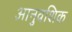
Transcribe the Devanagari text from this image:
आनुवशिक